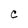
Character: C